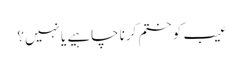
عیب کو ختم کرنا چاہیے یا نہیں؟